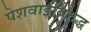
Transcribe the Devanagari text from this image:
पेशवाईविरुद्ध